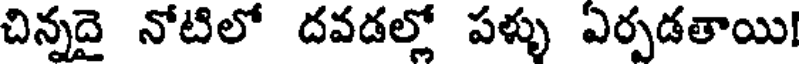
చిన్నదై నోటిలో దవడల్లో పళ్ళు ఏర్పడతాయి!